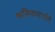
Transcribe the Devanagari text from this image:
श्रमिकवर्गाने